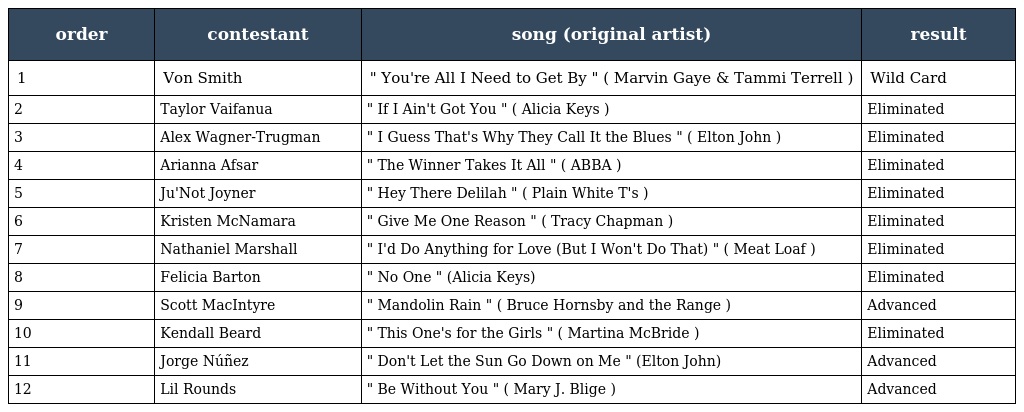
| order | contestant | song (original artist) | result |
 | --- | --- | --- | --- |
 | 1 | Von Smith | " You're All I Need to Get By " ( Marvin Gaye & Tammi Terrell ) | Wild Card |
 | 2 | Taylor Vaifanua | " If I Ain't Got You " ( Alicia Keys ) | Eliminated |
 | 3 | Alex Wagner-Trugman | " I Guess That's Why They Call It the Blues " ( Elton John ) | Eliminated |
 | 4 | Arianna Afsar | " The Winner Takes It All " ( ABBA ) | Eliminated |
 | 5 | Ju'Not Joyner | " Hey There Delilah " ( Plain White T's ) | Eliminated |
 | 6 | Kristen McNamara | " Give Me One Reason " ( Tracy Chapman ) | Eliminated |
 | 7 | Nathaniel Marshall | " I'd Do Anything for Love (But I Won't Do That) " ( Meat Loaf ) | Eliminated |
 | 8 | Felicia Barton | " No One " (Alicia Keys) | Eliminated |
 | 9 | Scott MacIntyre | " Mandolin Rain " ( Bruce Hornsby and the Range ) | Advanced |
 | 10 | Kendall Beard | " This One's for the Girls " ( Martina McBride ) | Eliminated |
 | 11 | Jorge Núñez | " Don't Let the Sun Go Down on Me " (Elton John) | Advanced |
 | 12 | Lil Rounds | " Be Without You " ( Mary J. Blige ) | Advanced |